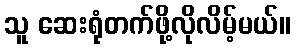
သူ ဆေးရုံတက်ဖို့လိုလိမ့်မယ်။